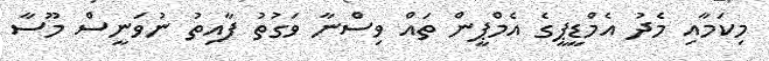
މިކަމާއި މެދު އެމްޑީޕީގެ އެމްޕީން ތައް ވިސްނާ ވަގުތު ފާއިތު ނުވަނީސް މޫސާ